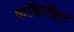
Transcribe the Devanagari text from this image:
कॉक्रॉफ़्ट